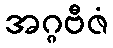
အဂ္ဂဗီဇံ